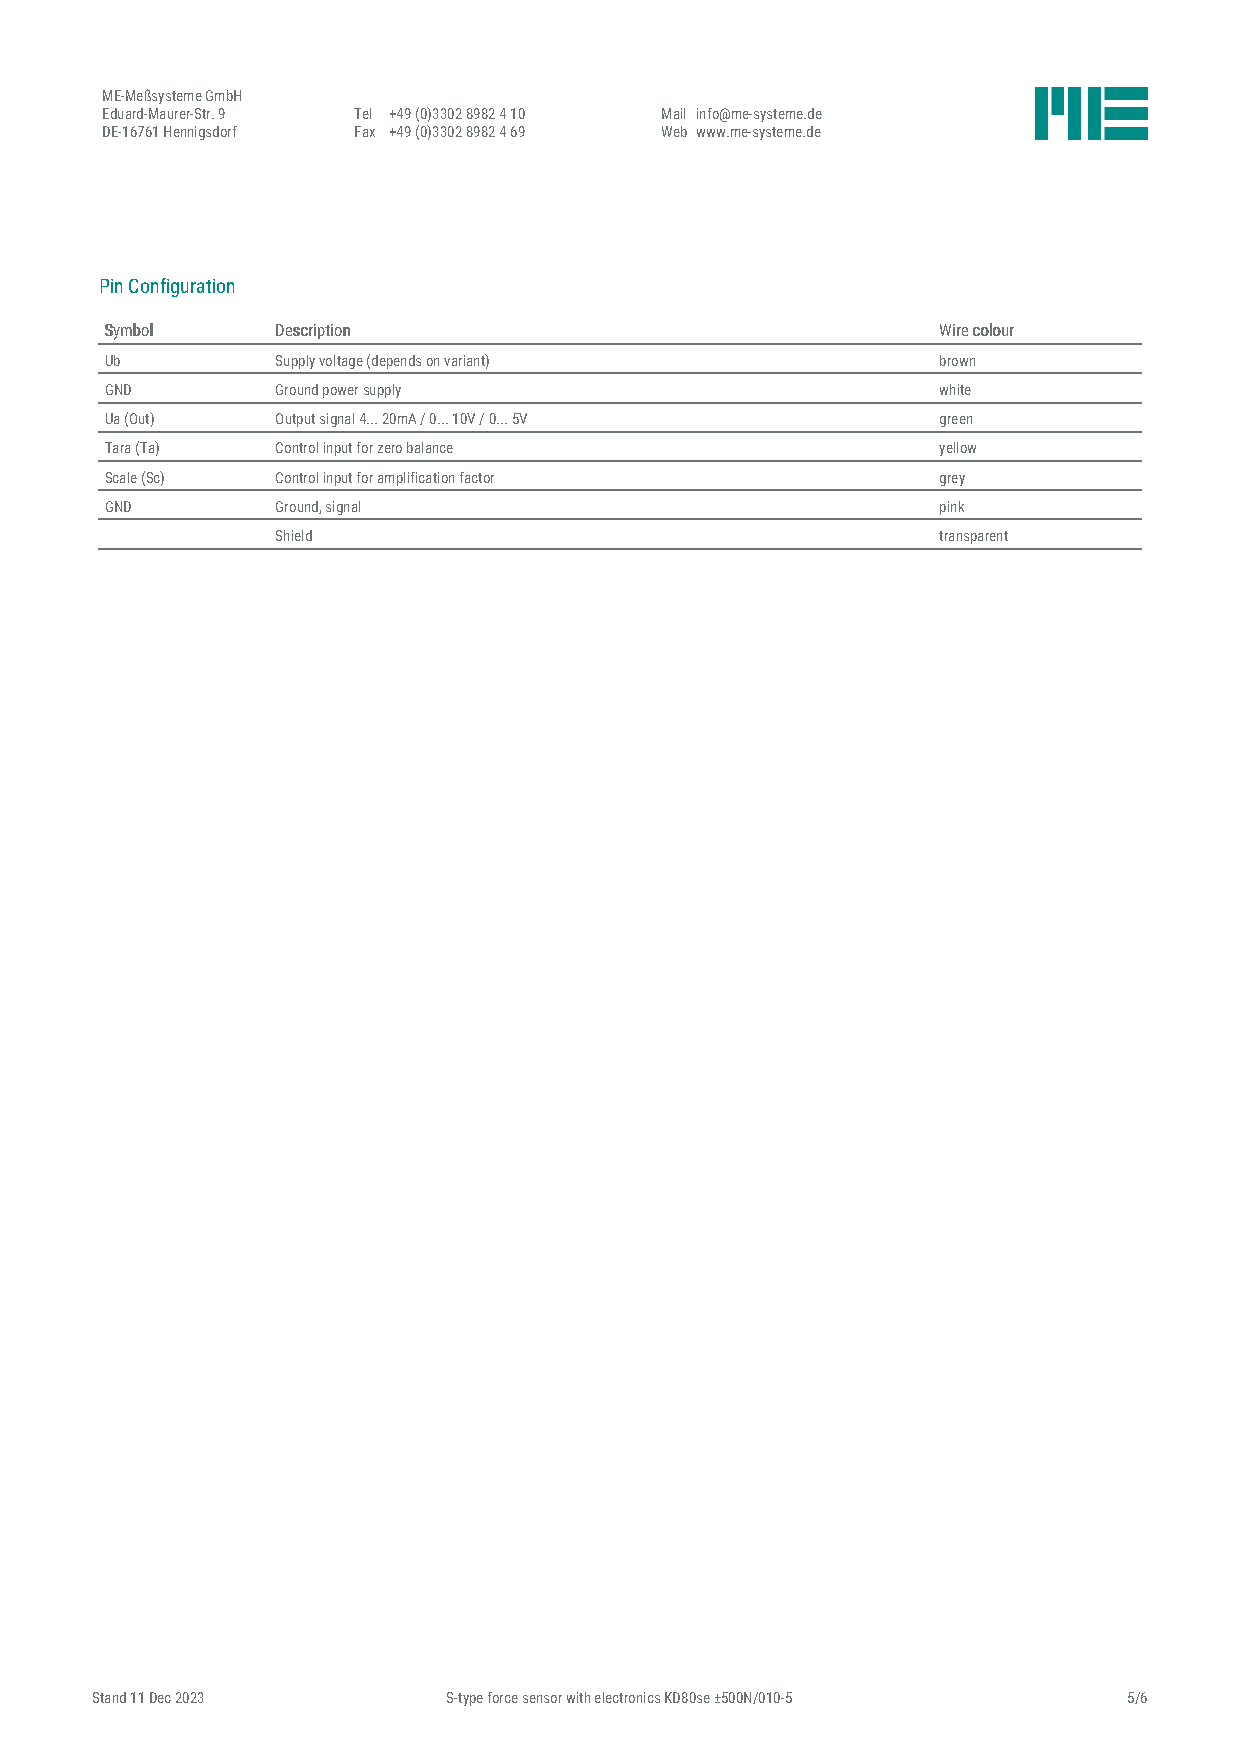
ME-Meßsysteme GmbH
 Eduard-Maurer-Str. 9 Tel +49 (0)3302 8982 4 10 Mail info@me-systeme.de
 DE-16761 Hennigsdorf Fax +49 (0)3302 8982 4 69 Web www.me-systeme.de
 Pin Configuration
 SSyymmbbooll DDeessccrriippttiioonn                    WWiirree ccoolloouurr
 Ub         Supply voltage (depends on variant)         brown
 GND        Ground power supply                         white
 Ua (Out)   Output signal 4... 20mA / 0... 10V / 0... 5V green
 Tara (Ta)  Control input for zero balance              yellow
 Scale (Sc) Control input for amplification factor      grey
 GND        Ground, signal                              pink
 Shield                                      transparent
 Stand 11 Dec 2023       S-type force sensor with electronics KD80se ±500N/010-5 5/6